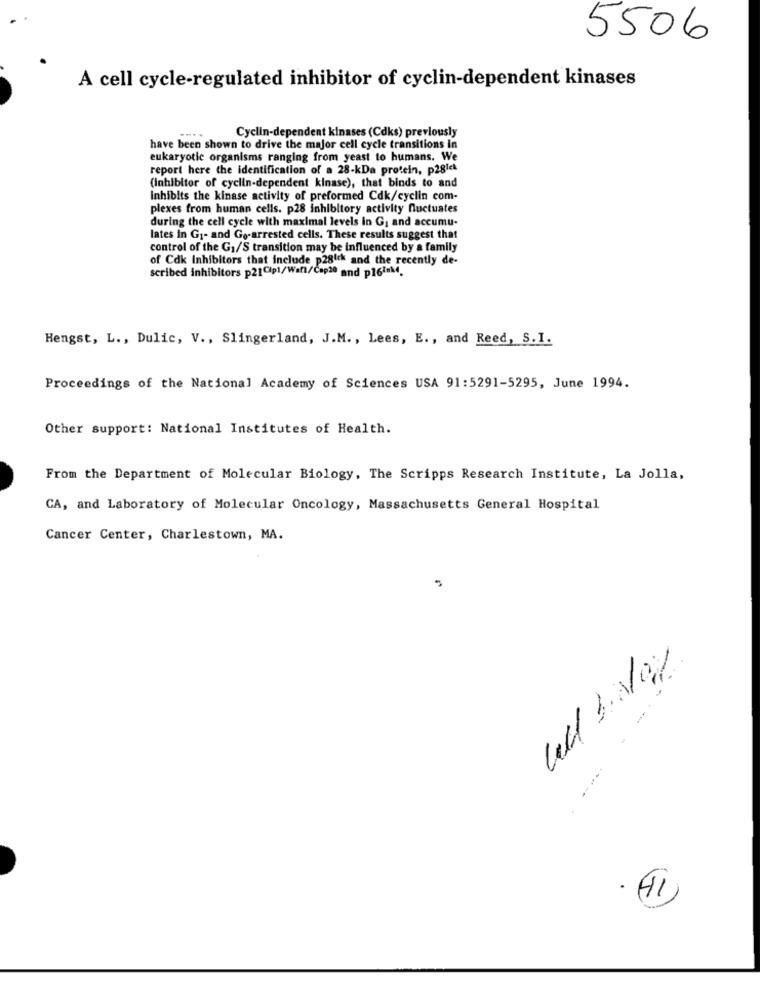
5506
A cell cycle-regulated inhibitor of cyclin-dependent kinases
Cyclin-dependent kinases (Cdks) previously
have been shown to drive the major cell cycle transitions in
eukaryotic organisms ranging from yeast to humans. We
report here the identification of a 28-kDa protein, p281el
(Inhibitor of cyclin-dependent kinase), that binds to and
Inhibits the kinase activity of preformed Cdk/cyclin com-
plexes from human cells. p28 inhibitory activity fluctuates
during the cell cycle with maximal levels in G; and accumu-
lates In G1- and Go-arrested cells. These results suggest that
control of the G1/S transition may be influenced by a family
of Cdk Inhibitors that include p28ick and the recently de-
scribed inhibitors p21Cip1/Wall/Cap20 and p1614.
Hengst, L ., Dulic, V ., Slingerland, J.M ., Lees, E ., and Reed, S.I.
Proceedings of the National Academy of Sciences USA 91:5291-5295, June 1994.
Other support: National Institutes of Health.
From the Department of Molecular Biology, The Scripps Research Institute, La Jolla,
CA, and Laboratory of Molecular Oncology, Massachusetts General Hospital
Cancer Center, Charlestown, MA.
-
......